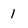
Character: 1